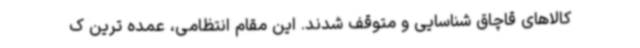
کالاهای قاچاق شناسایی و متوقف شدند. این مقام انتظامی، عمده ترین ک